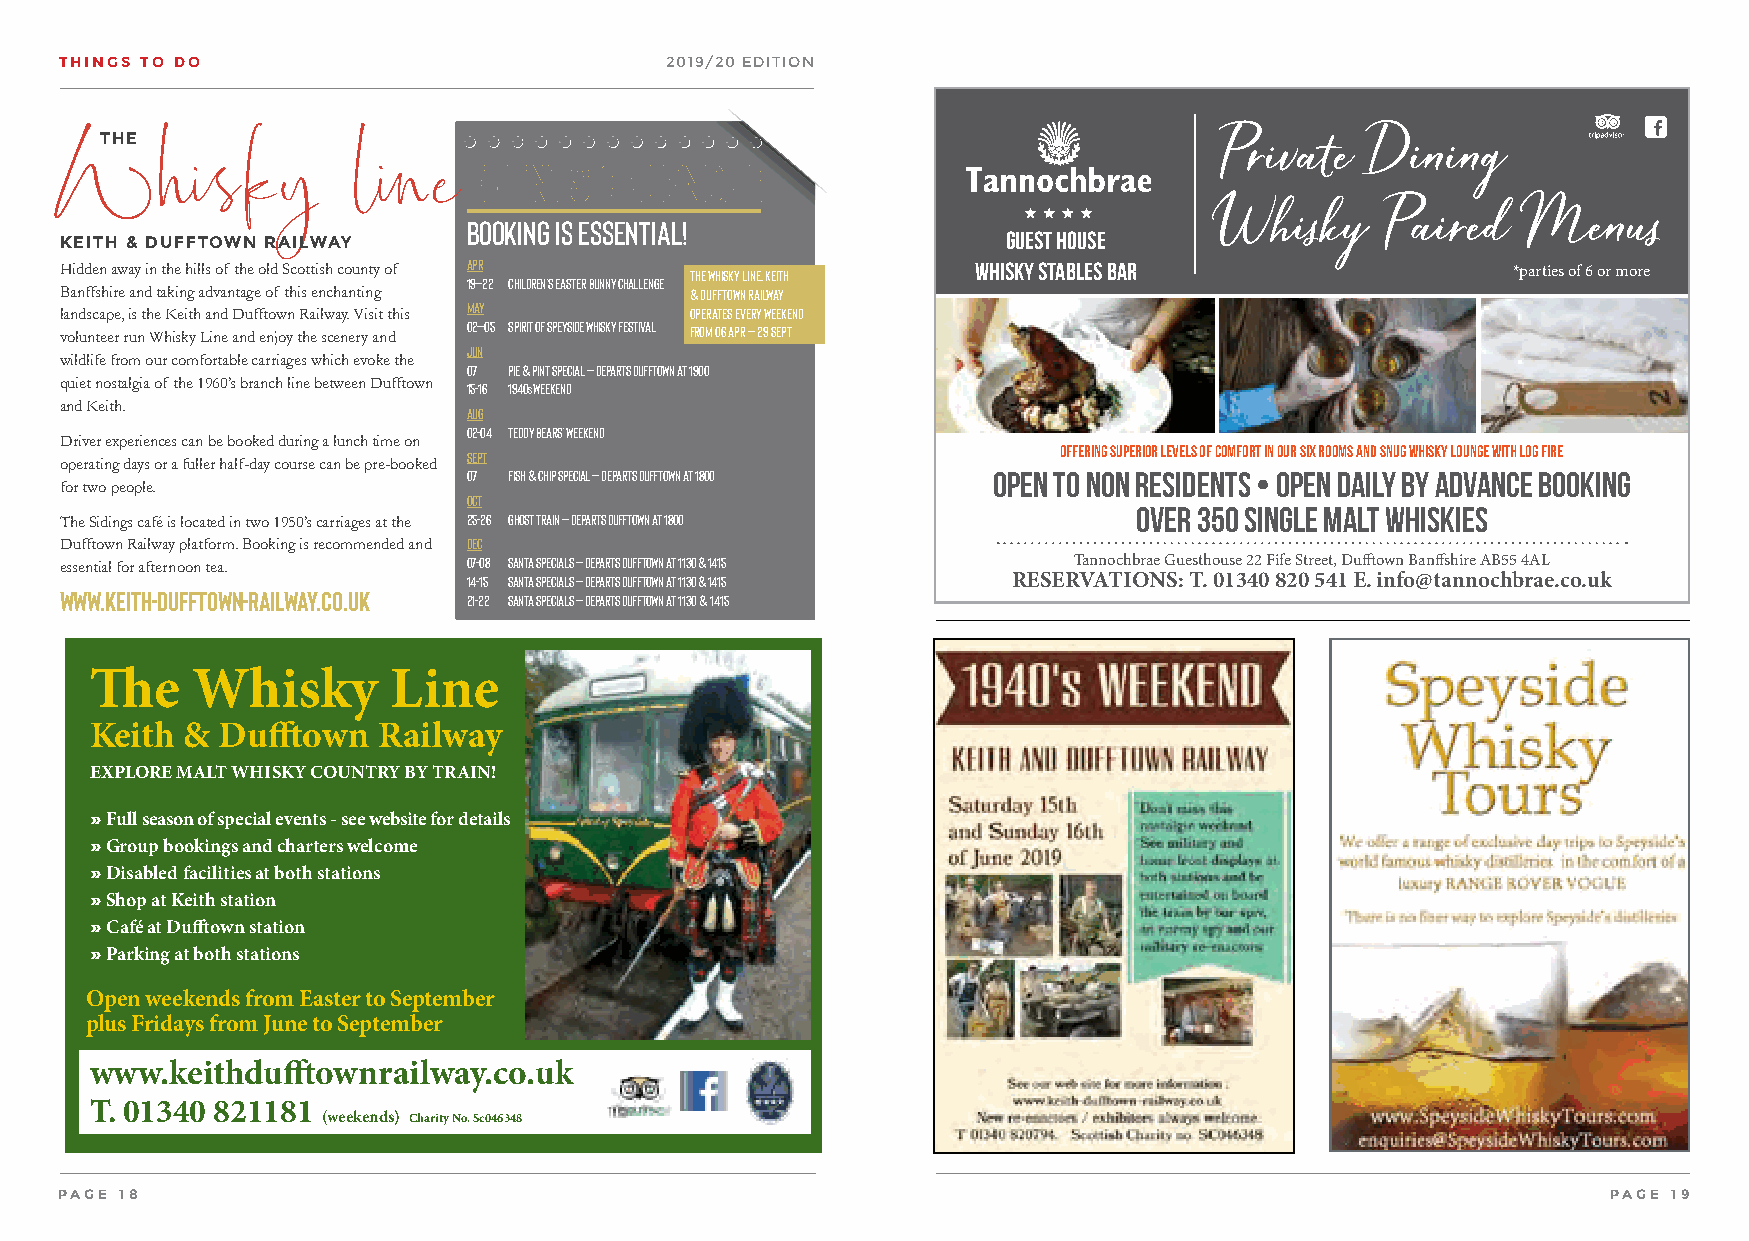
THINGS TO DO                            2019/20 EDITION
 THE                                                                       Private   Dining
 EVENTS   calendar
 Whisky             line                                                                         www.tannochbrae.co.uk
 Whisky     Paired   Menus
 BOOKING IS ESSENTIAL!
 Guest House
 KEITH & DUFFTOWN RAILWAY
 Hidden away in the hills of the old Scottish county of APR The Whisky Line, Keith Whisky Stables bar *parties of 6 or more
 19–22 Children’s Easter Bunny Challenge
 Banffshire and taking advantage of this enchanting & Dufftown Railway
 landscape, is the Keith and Dufftown Railway. Visit this MAY operates Every weekend
 volunteer run Whisky Line and enjoy the scenery and 02–05 Spirit of Speyside Whisky Festival from 06 Apr – 29 Sept
 JUN
 wildlife from our comfortable carriages which evoke the
 07 P ie & Pint special – departs Dufftown at 1900
 quiet nostalgia of the 1960’s branch line between Dufftown
 15-16 1940s Weekend
 and Keith.
 AUG
 02-04 Teddy Bears’ Weekend
 Driver experiences can be booked during a lunch time on
 Offering superior levels of comfort in our six rooms and snug whisky lounge with log fire
 operating days or a fuller half-day course can be pre-booked SEPT
 07 F ish & Chip Special – departs Dufftown at 1800 Open to Non Residents • Open Daily by Advance Booking
 for two people.
 OCT
 Over 350 Single Malt Whiskies
 The Sidings café is located in two 1950’s carriages at the 25-26 G host Train – departs Dufftown at 1800
 Dufftown Railway platform. Booking is recommended and DEC
 essential for afternoon tea. 07-08 Santa Specials – departs Dufftown at 1130 & 1415 Tannochbrae Guesthouse 22 Fife Street, Dufftown Banffshire AB55 4AL
 14-15 Santa Specials – departs Dufftown at 1130 & 1415 RESERVATIONS: T. 01340 820 541 E. info@tannochbrae.co.uk
 www.keith-dufftown-railway.co.uk 21-22 Santa Specials – departs Dufftown at 1130 & 1415
 The    Whisky       Line
 Keith & Dufftown   Railway
 EXPLORE MALT WHISKY COUNTRY BY TRAIN!
 » Full season of special events - see website for details
 » Group bookings and charters welcome
 » Disabled facilities at both stations
 » Shop at Keith station
 » Café at Dufftown station
 » Parking at both stations
 Open weekends from Easter to September
 plus Fridays from June to September
 www.keithdufftownrailway.co.uk
 T. 01340 821181
 (weekends) Charity No. Sc046348
 PAGE 18                                                                                                PAGE 19